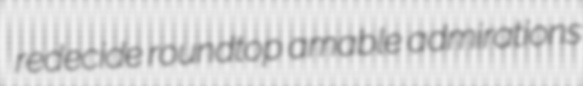
redecide roundtop amable admirations